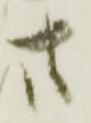
廿